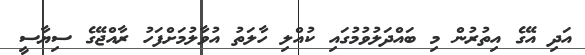
އަދި އޭގެ އިތުރުން މި ބައްދަލުވުމުގައި ކުއްލި ހާލަތު އުވާލުމަށްފަހު ރާއްޖޭގެ ސިޔާސީ